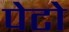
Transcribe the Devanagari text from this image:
पेटो